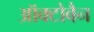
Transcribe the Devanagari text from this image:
ऑक्टोबैन